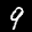
Label: 9